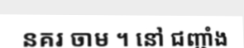
នគរ ចាម ។ នៅ ជញ្ជាំង